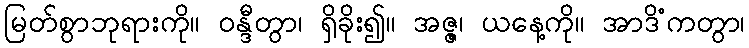
မြတ်စွာဘုရားကို။ ဝန္ဒီတွာ၊ ရှိခိုး၍။ အဇ္ဇ၊ ယနေ့ကို။ အာဒိံကတွာ၊